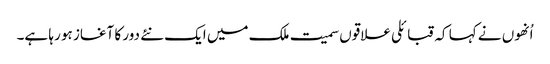
اُنھوں نے کہا کہ قبائلی علاقوں سمیت ملک میں ایک نئے دور کا آغاز ہو رہا ہے۔